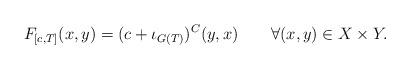
LaTeX: \begin{align*}F_{[c,T]}(x,y)=(c+\iota_{G(T)})^C(y,x)\ \ \ \ \ \ \forall(x,y)\in X\times Y.\end{align*}